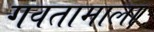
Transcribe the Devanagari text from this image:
गवतामाला